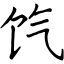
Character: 饩